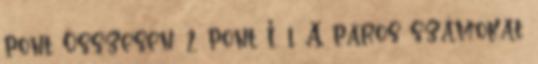
pont Összesen: 2 pont I. 1. A páros számokat